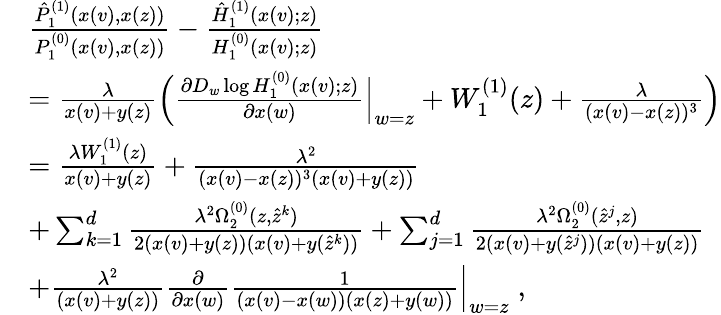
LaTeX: \begin{array}{rl}&{\frac{\hat{P}_{1}^{(1)}(x(v),x(z))}{P_{1}^{(0)}(x(v),x(z))}-\frac{\hat{H}_{1}^{(1)}(x(v);z)}{H_{1}^{(0)}(x(v);z)}}\\ &{=\frac{\lambda}{x(v)+y(z)}\Big(\frac{\partial D_{w}\log H_{1}^{(0)}(x(v);z)}{\partial x(w)}\Big|_{w=z}+W_{1}^{(1)}(z)+\frac{\lambda}{(x(v)-x(z))^{3}}\Big)}\\ &{=\frac{\lambda W_{1}^{(1)}(z)}{x(v)+y(z)}+\frac{\lambda^{2}}{(x(v)-x(z))^{3}(x(v)+y(z))}}\\ &{+\sum_{k=1}^{d}\frac{\lambda^{2}\Omega_{2}^{(0)}(z,\hat{z}^{k})}{2(x(v)+y(z))(x(v)+y(\hat{z}^{k}))}+\sum_{j=1}^{d}\frac{\lambda^{2}\Omega_{2}^{(0)}(\hat{z}^{j},z)}{2(x(v)+y(\hat{z}^{j}))(x(v)+y(z))}}\\ &{+\frac{\lambda^{2}}{(x(v)+y(z))}\frac{\partial}{\partial x(w)}\frac{1}{(x(v)-x(w))(x(z)+y(w))}\Big|_{w=z}\; ,}\end{array}